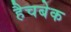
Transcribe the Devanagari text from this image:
हैचबेक